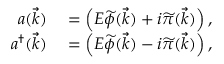
\begin{array} { r l } { a ( { \vec { k } } ) } & { { } = \left( E { \widetilde { \phi } } ( { \vec { k } } ) + i { \widetilde { \pi } } ( { \vec { k } } ) \right) , } \\ { a ^ { \dagger } ( { \vec { k } } ) } & { { } = \left( E { \widetilde { \phi } } ( { \vec { k } } ) - i { \widetilde { \pi } } ( { \vec { k } } ) \right) , } \end{array}